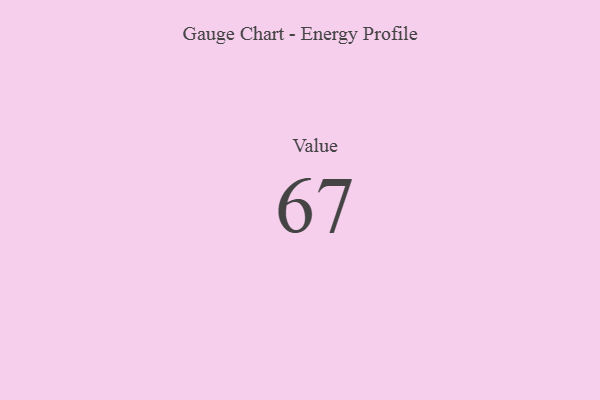
{"axis": {"x": "Metric", "y": "Value"}, "legend": [""], "data": [{"x": "Value", "y": 67, "type": ""}]}